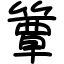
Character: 簟